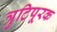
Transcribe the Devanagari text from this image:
त्रुटिपूरक